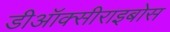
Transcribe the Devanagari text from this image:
डीऑक्सीराइबोस